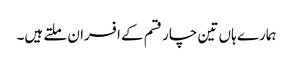
ہمارے ہاں تین چار قسم کے افسران ملتے ہیں۔